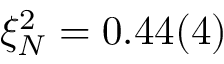
\xi _ { N } ^ { 2 } = 0 . 4 4 ( 4 )